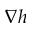
\boldsymbol { \nabla } h